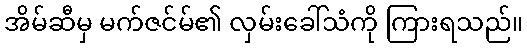
အိမ်ဆီမှ မက်ဇင်မ်၏ လှမ်းခေါ်သံကို ကြားရသည်။